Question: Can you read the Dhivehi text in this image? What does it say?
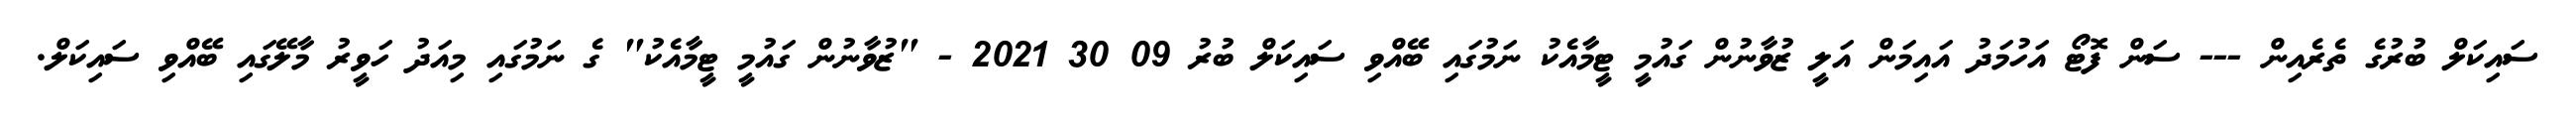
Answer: ސައިކަލް ބުރުގެ ތެރެއިން --- ސަން ފޮޓޯ އަހުމަދު އައިމަން އަލީ ޒުވާނުން ގައުމީ ޓީމާއެކު ނަމުގައި ބޭއްވި ސައިކަލް ބުރު 09 30 2021 - "ޒުވާނުން ގައުމީ ޓީމާއެކު" ގެ ނަމުގައި މިއަދު ހަވީރު މާލޭގައި ބޭއްވި ސައިކަލް.